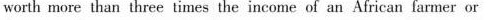
worth more than three times the income of an African farmer or